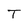
Character: T